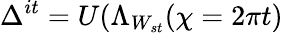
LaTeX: \Delta^{it}=U(\Lambda_{W_{st}}(\chi=2\pi t)